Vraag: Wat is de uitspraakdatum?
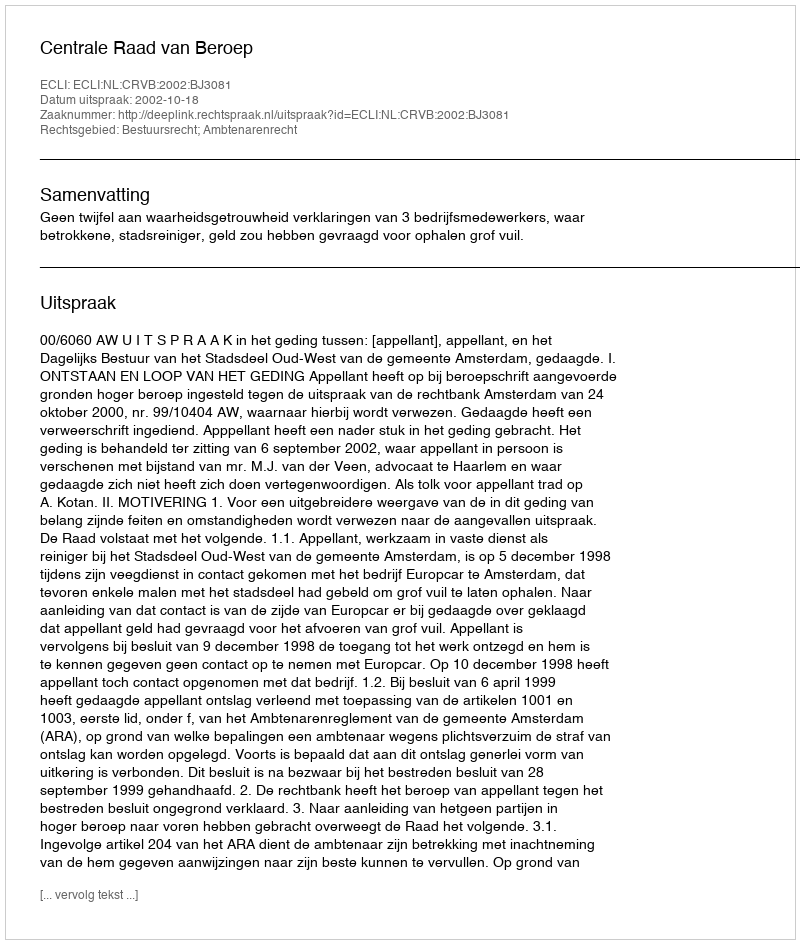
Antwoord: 2002-10-18